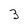
Character: 3